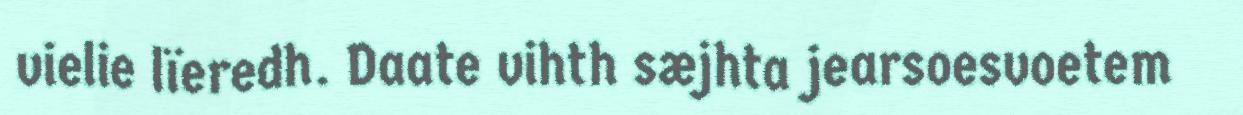
vielie lïeredh. Daate vihth sæjhta jearsoesvoetem